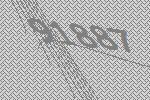
91887